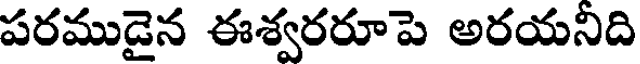
పరముడైన ఈశ్వరరూపె అరయనిది